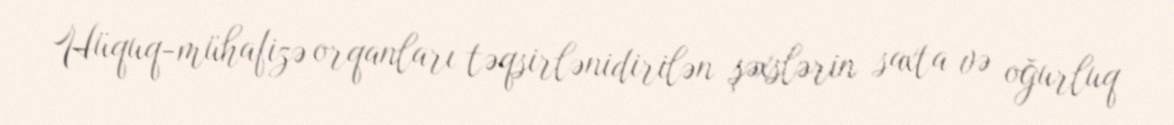
Hüquq-mühafizə orqanları təqsirlənidirilən şəxslərin saxta və oğurluq